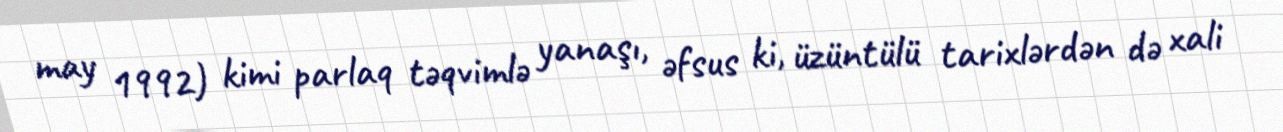
may 1992) kimi parlaq təqvimlə yanaşı, əfsus ki, üzüntülü tarixlərdən də xali